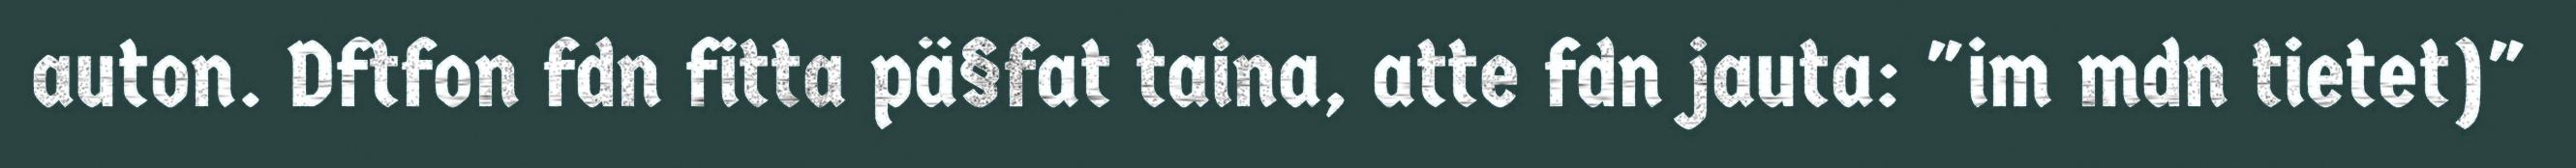
auton. Dftfon fdn fitta pä§fat taina, atte fdn jauta: "im mdn tietet)"